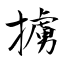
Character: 擄